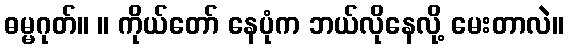
ဓမ္မဂုတ်။ ။ ကိုယ်တော် နေပုံက ဘယ်လိုနေလို့ မေးတာလဲ။